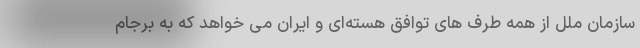
سازمان ملل از همه طرف های توافق هسته‌ای و ایران می خواهد که به برجام